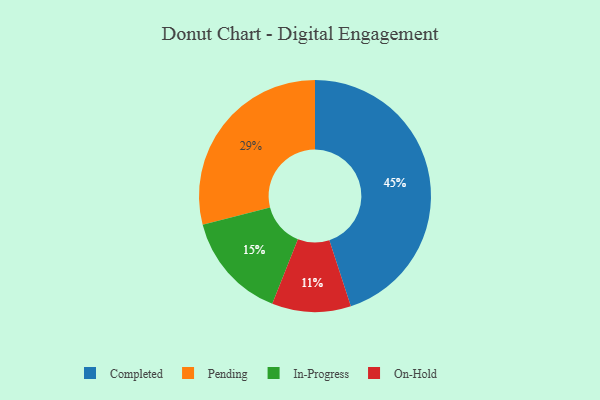
{"axis": {"x": "Category", "y": "Percentage"}, "legend": ["Completed", "In-Progress", "On-Hold", "Pending"], "data": [{"x": "Completed", "y": 45, "type": "Completed"}, {"x": "Pending", "y": 29, "type": "Pending"}, {"x": "In-Progress", "y": 15, "type": "In-Progress"}, {"x": "On-Hold", "y": 11, "type": "On-Hold"}]}